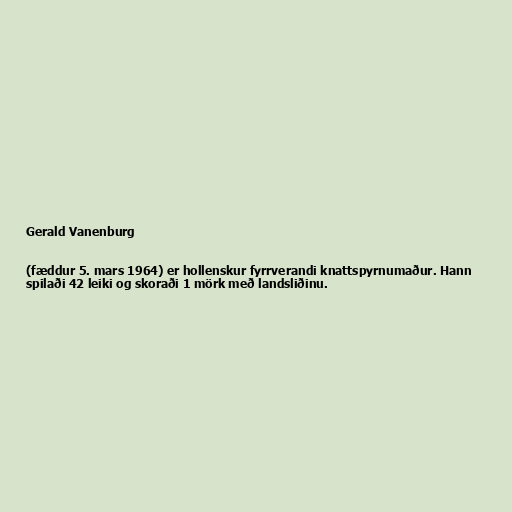
Gerald Vanenburg

(fæddur 5. mars 1964) er hollenskur fyrrverandi knattspyrnumaður. Hann
spilaði 42 leiki og skoraði 1 mörk með landsliðinu.